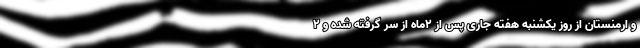
و ارمنستان از روز یکشنبه هفته جاری پس از ۲‌ماه از سر گرفته شده و ۲